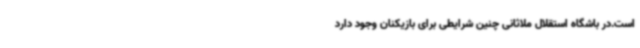
است.در باشگاه استقلال ملاثانی چنین شرایطی برای بازیکنان وجود دارد